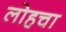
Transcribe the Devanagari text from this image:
लोहचा